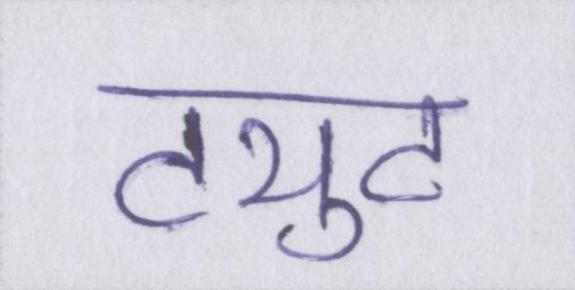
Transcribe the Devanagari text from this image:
ट्युट